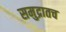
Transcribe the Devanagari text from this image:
समुद्रातच